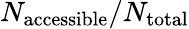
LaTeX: N_{\mathrm{accessible}}/N_{\mathrm{total}}